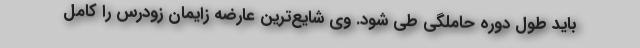
باید طول دوره حاملگی طی شود. وی شایع‌ترین عارضه زایمان زودرس را کامل